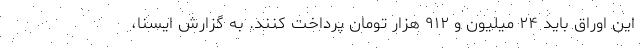
این اوراق باید ۲۴ میلیون و ۹۱۲ هزار تومان پرداخت کنند. به گزارش ایسنا،